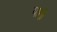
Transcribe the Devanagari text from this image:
यानी